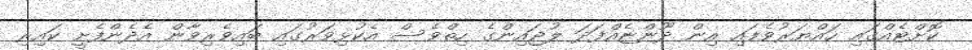
ކޮށްޓެއްގައި ހައްޔަރުވެފައި އިން ދޫންޏެއްފަދަ ލުޖައިންގެ ހިތްވެސް އެކުޅިވަރުގައި ބައިވެރިވާން އެދެންފެށީ ކައިރި